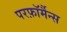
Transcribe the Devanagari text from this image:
परफ़ॉर्मैन्स